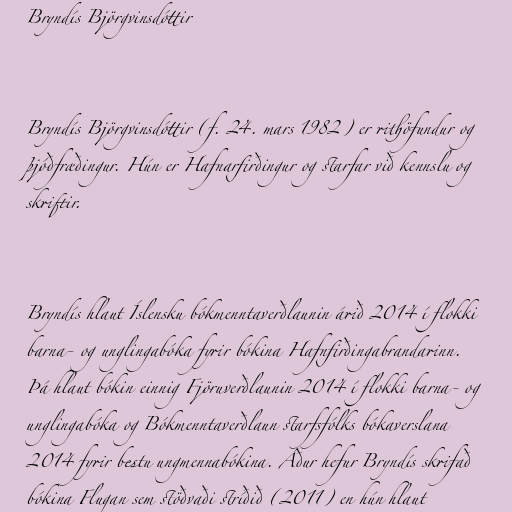
Bryndís Björgvinsdóttir

Bryndís Björgvinsdóttir (f. 24. mars 1982) er rithöfundur og
þjóðfræðingur. Hún er Hafnarfirðingur og starfar við kennslu og
skriftir.

Bryndís hlaut Íslensku bókmenntaverðlaunin árið 2014 í flokki
barna- og unglingabóka fyrir bókina Hafnfirðingabrandarinn.
Þá hlaut bókin einnig Fjöruverðlaunin 2014 í flokki barna- og
unglingabóka og Bókmenntaverðlaun starfsfólks bókaverslana
2014 fyrir bestu ungmennabókina. Áður hefur Bryndís skrifað
bókina Flugan sem stöðvaði stríðið (2011) en hún hlaut